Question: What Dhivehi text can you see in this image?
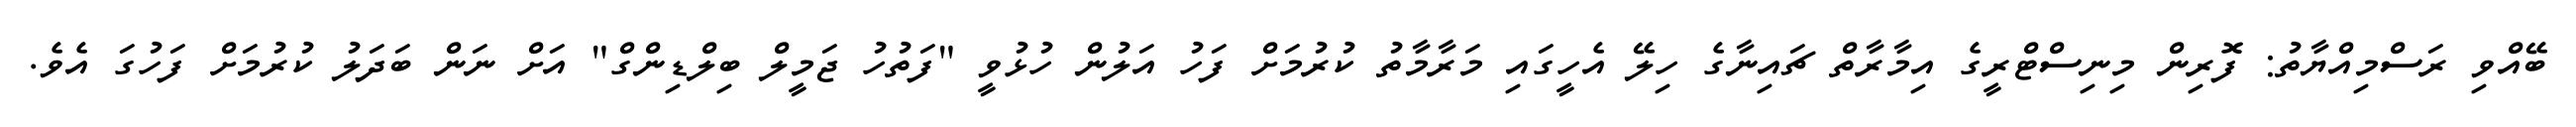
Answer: ބޭއްވި ރަސްމިއްޔާތު: ފޮރިން މިނިސްޓްރީގެ އިމާރާތް ޗައިނާގެ ހިލޭ އެހީގައި މަރާމާތު ކުރުމަށް ފަހު އަލުން ހުޅުވީ "ފަތުހު ޖަމީލް ބިލްޑިންގް" އަށް ނަން ބަދަލު ކުރުމަށް ފަހުގަ އެވެ.